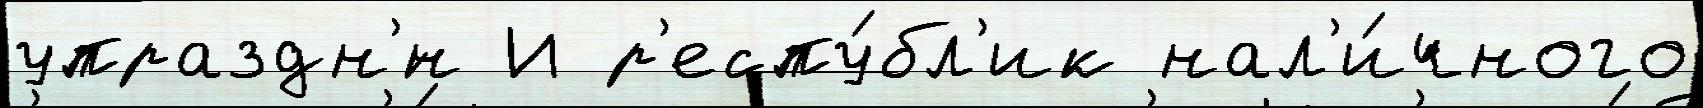
упраздн'́н И р'еспу́бл'ик нал'и́чного